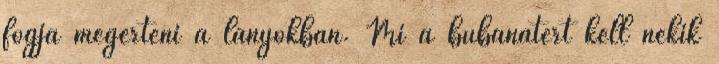
fogja megérteni a lányokban. Mi a búbánatért kell nekik